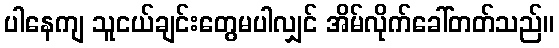
ပါနေကျ သူငယ်ချင်းတွေမပါလျှင် အိမ်လိုက်ခေါ်တတ်သည်။